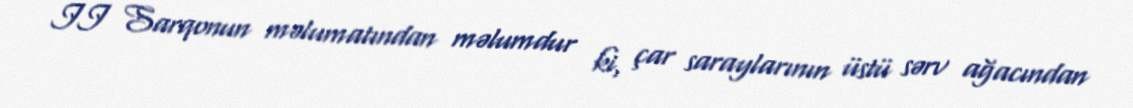
II Sarqonun məlumatından məlumdur ki, çar saraylarının üstü sərv ağacından